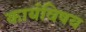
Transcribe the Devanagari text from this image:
कार्यविषय